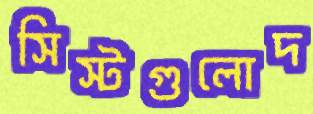
সিস্টগুলোদ